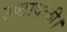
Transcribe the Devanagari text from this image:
उष्टावळी।